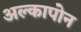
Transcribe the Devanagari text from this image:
अल्कापोन